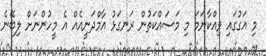
މި އަގުގައި ވިއްކާނަމަ މި މަސައްކަތުން ރަނގަޅު އާމްދަނީއެއް އެ މީހުންނަށް ލިބޭނެ